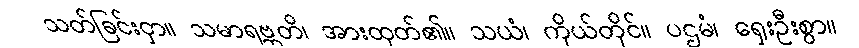
သတ်ခြင်းငှာ။ သမာရဗ္ဘတိ၊ အားထုတ်၏။ သယံ၊ ကိုယ်တိုင်။ ပဌမံ၊ ရှေးဦးစွာ။